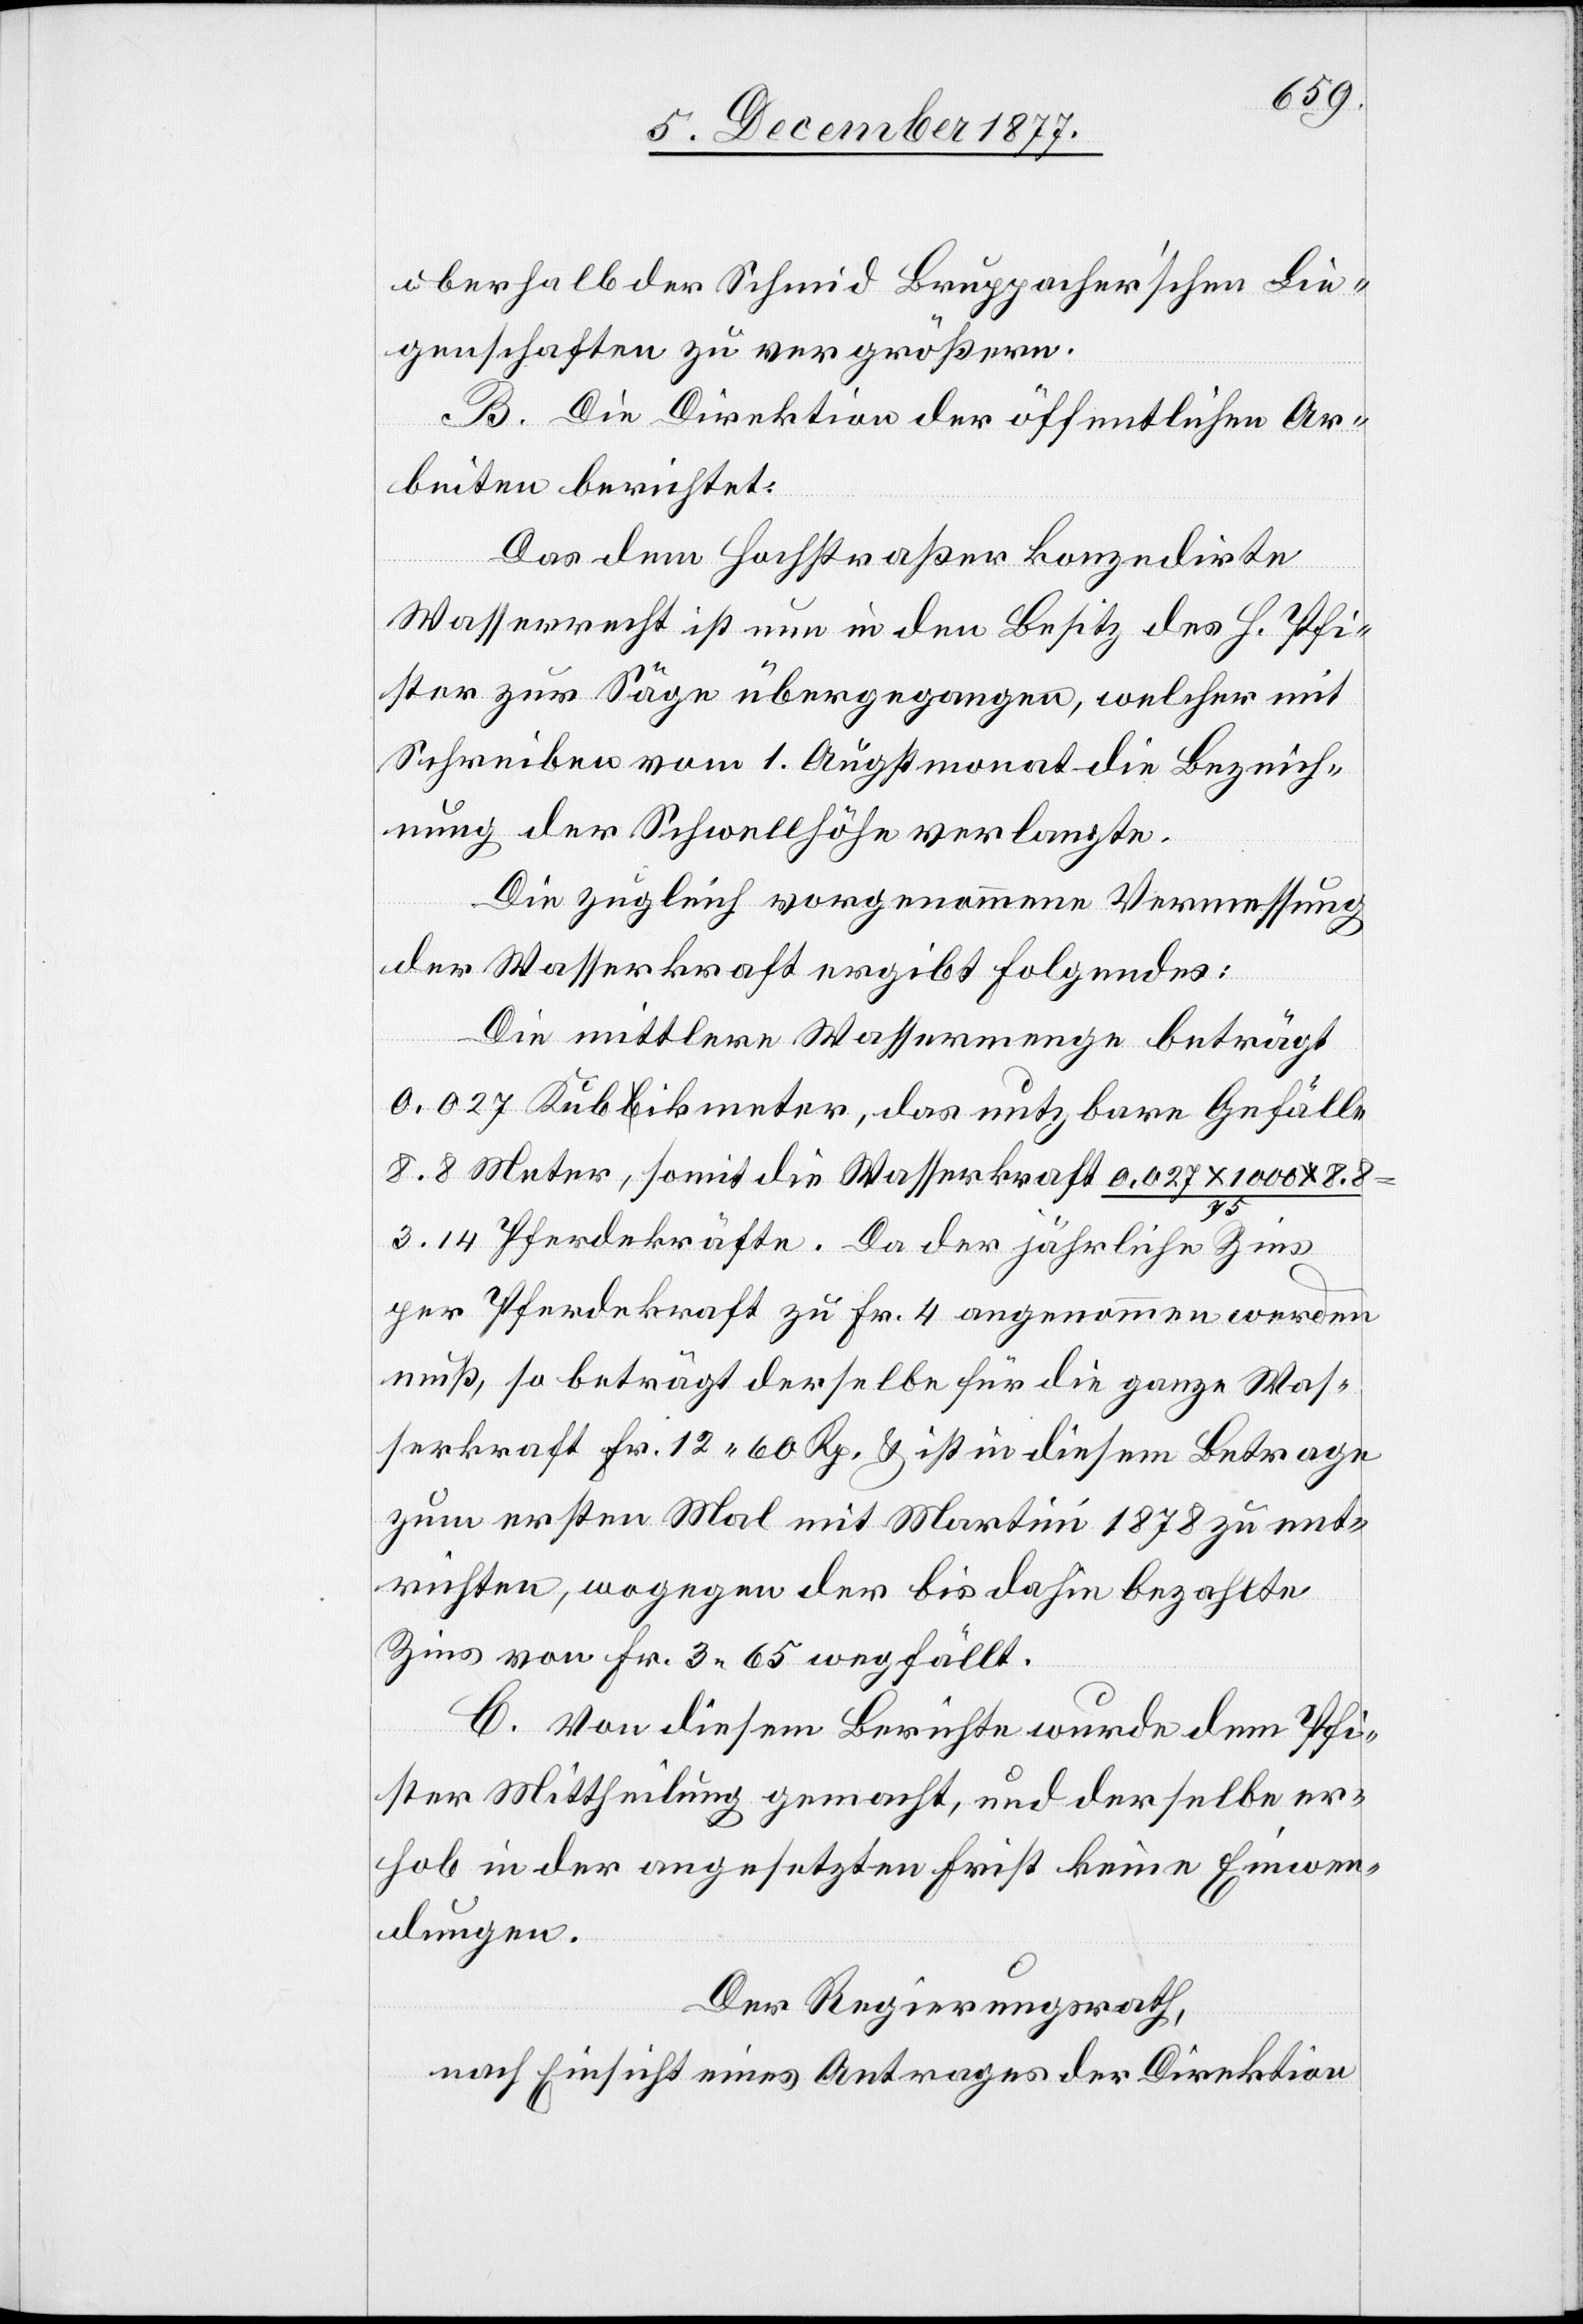
oberhalb der Schmid Bruppacher’schen Lie¬
genschaften zu vergrößern.
B. Die Direktion der öffentlichen Ar¬
beiten berichtet:
Das dem Hochstraßer konzedirte
Wasserrecht ist nun in den Besitz des H. Pfi¬
ster zur Säge übergegangen, welcher mit
Schreiben vom 1. Augstmonat die Bezeich¬
nung der Schwellhöhe verlangte.
Die zugleich vorgenommene Vermessung
der Wasserkraft ergibt Folgendes:
Die mittlere Wassermenge beträgt
0,027 Kubikmeter, das nutzbare Gefälle
8.8 Meter, somit die Wasserkraft 0,027 x 1000 x 8.8
3.14 Pferdekräfte. Da der jährliche Zins
per Pferdekraft zu Fr. 4 angenommen werden
muß, so beträgt derselbe für die ganze Was¬
serkraft Fr. 12 60 Rp. & ist in diesem Betrage
zum ersten Mal mit Martini 1878 zu ent¬
richten, wogegen der bis dahin bezahlte
Zins von Fr. 3 65 wegfällt.
C. Von diesem Berichte wurde dem Pfi¬
ster Mittheilung gemacht, und derselbe er¬
hob in der angesetzten Frist keine Einwen¬
dungen.
Der Regierungsrath,
nach Einsicht eines Antrages der Direktion